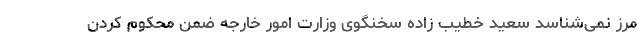
مرز نمی‌شناسد سعید خطیب زاده سخنگوی وزارت امور خارجه ضمن محکوم کردن